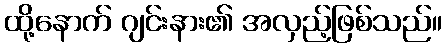
ထို့နောက် ဂျင်းနား၏ အလှည့်ဖြစ်သည်။